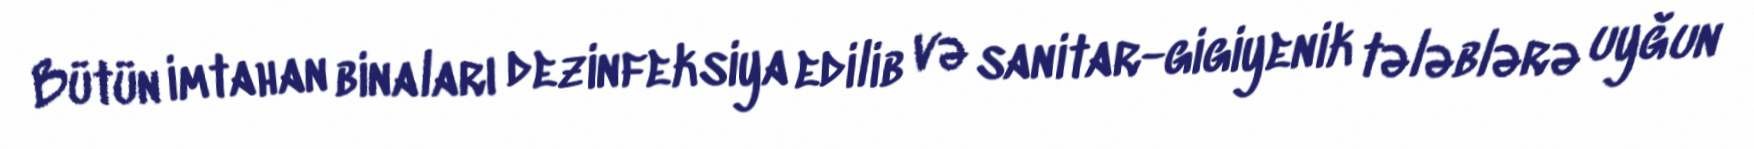
Bütün imtahan binaları dezinfeksiya edilib və sanitar-gigiyenik tələblərə uyğun